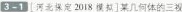
3-1 [河北保定2018模拟]某几何体的三视图如